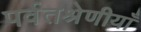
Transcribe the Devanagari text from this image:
पर्वतश्रेणीयाँ